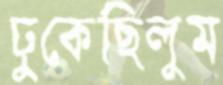
ঢুকেছিলুম